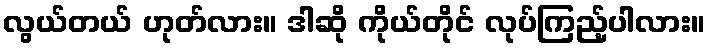
လွယ်တယ် ဟုတ်လား။ ဒါဆို ကိုယ်တိုင် လုပ်ကြည့်ပါလား။